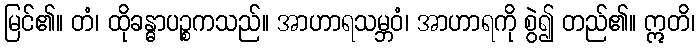
မြင်၏။ တံ၊ ထိုခန္ဓာပဉ္စကသည်။ အာဟာရသမ္ဘဝံ၊ အာဟာရကို စွဲ၍ တည်၏။ ဣတိ၊